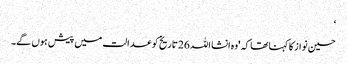
‘
حسین نواز کا کہنا تھا کہ 'وہ انشا اللہ 26 تاریخ کو عدالت میں پیش ہوں گے۔